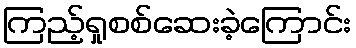
ကြည့်ရှုစစ်ဆေးခဲ့ကြောင်း